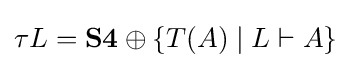
\tau L=\mathbf {S4} \oplus \{T(A)\mid L\vdash A\}